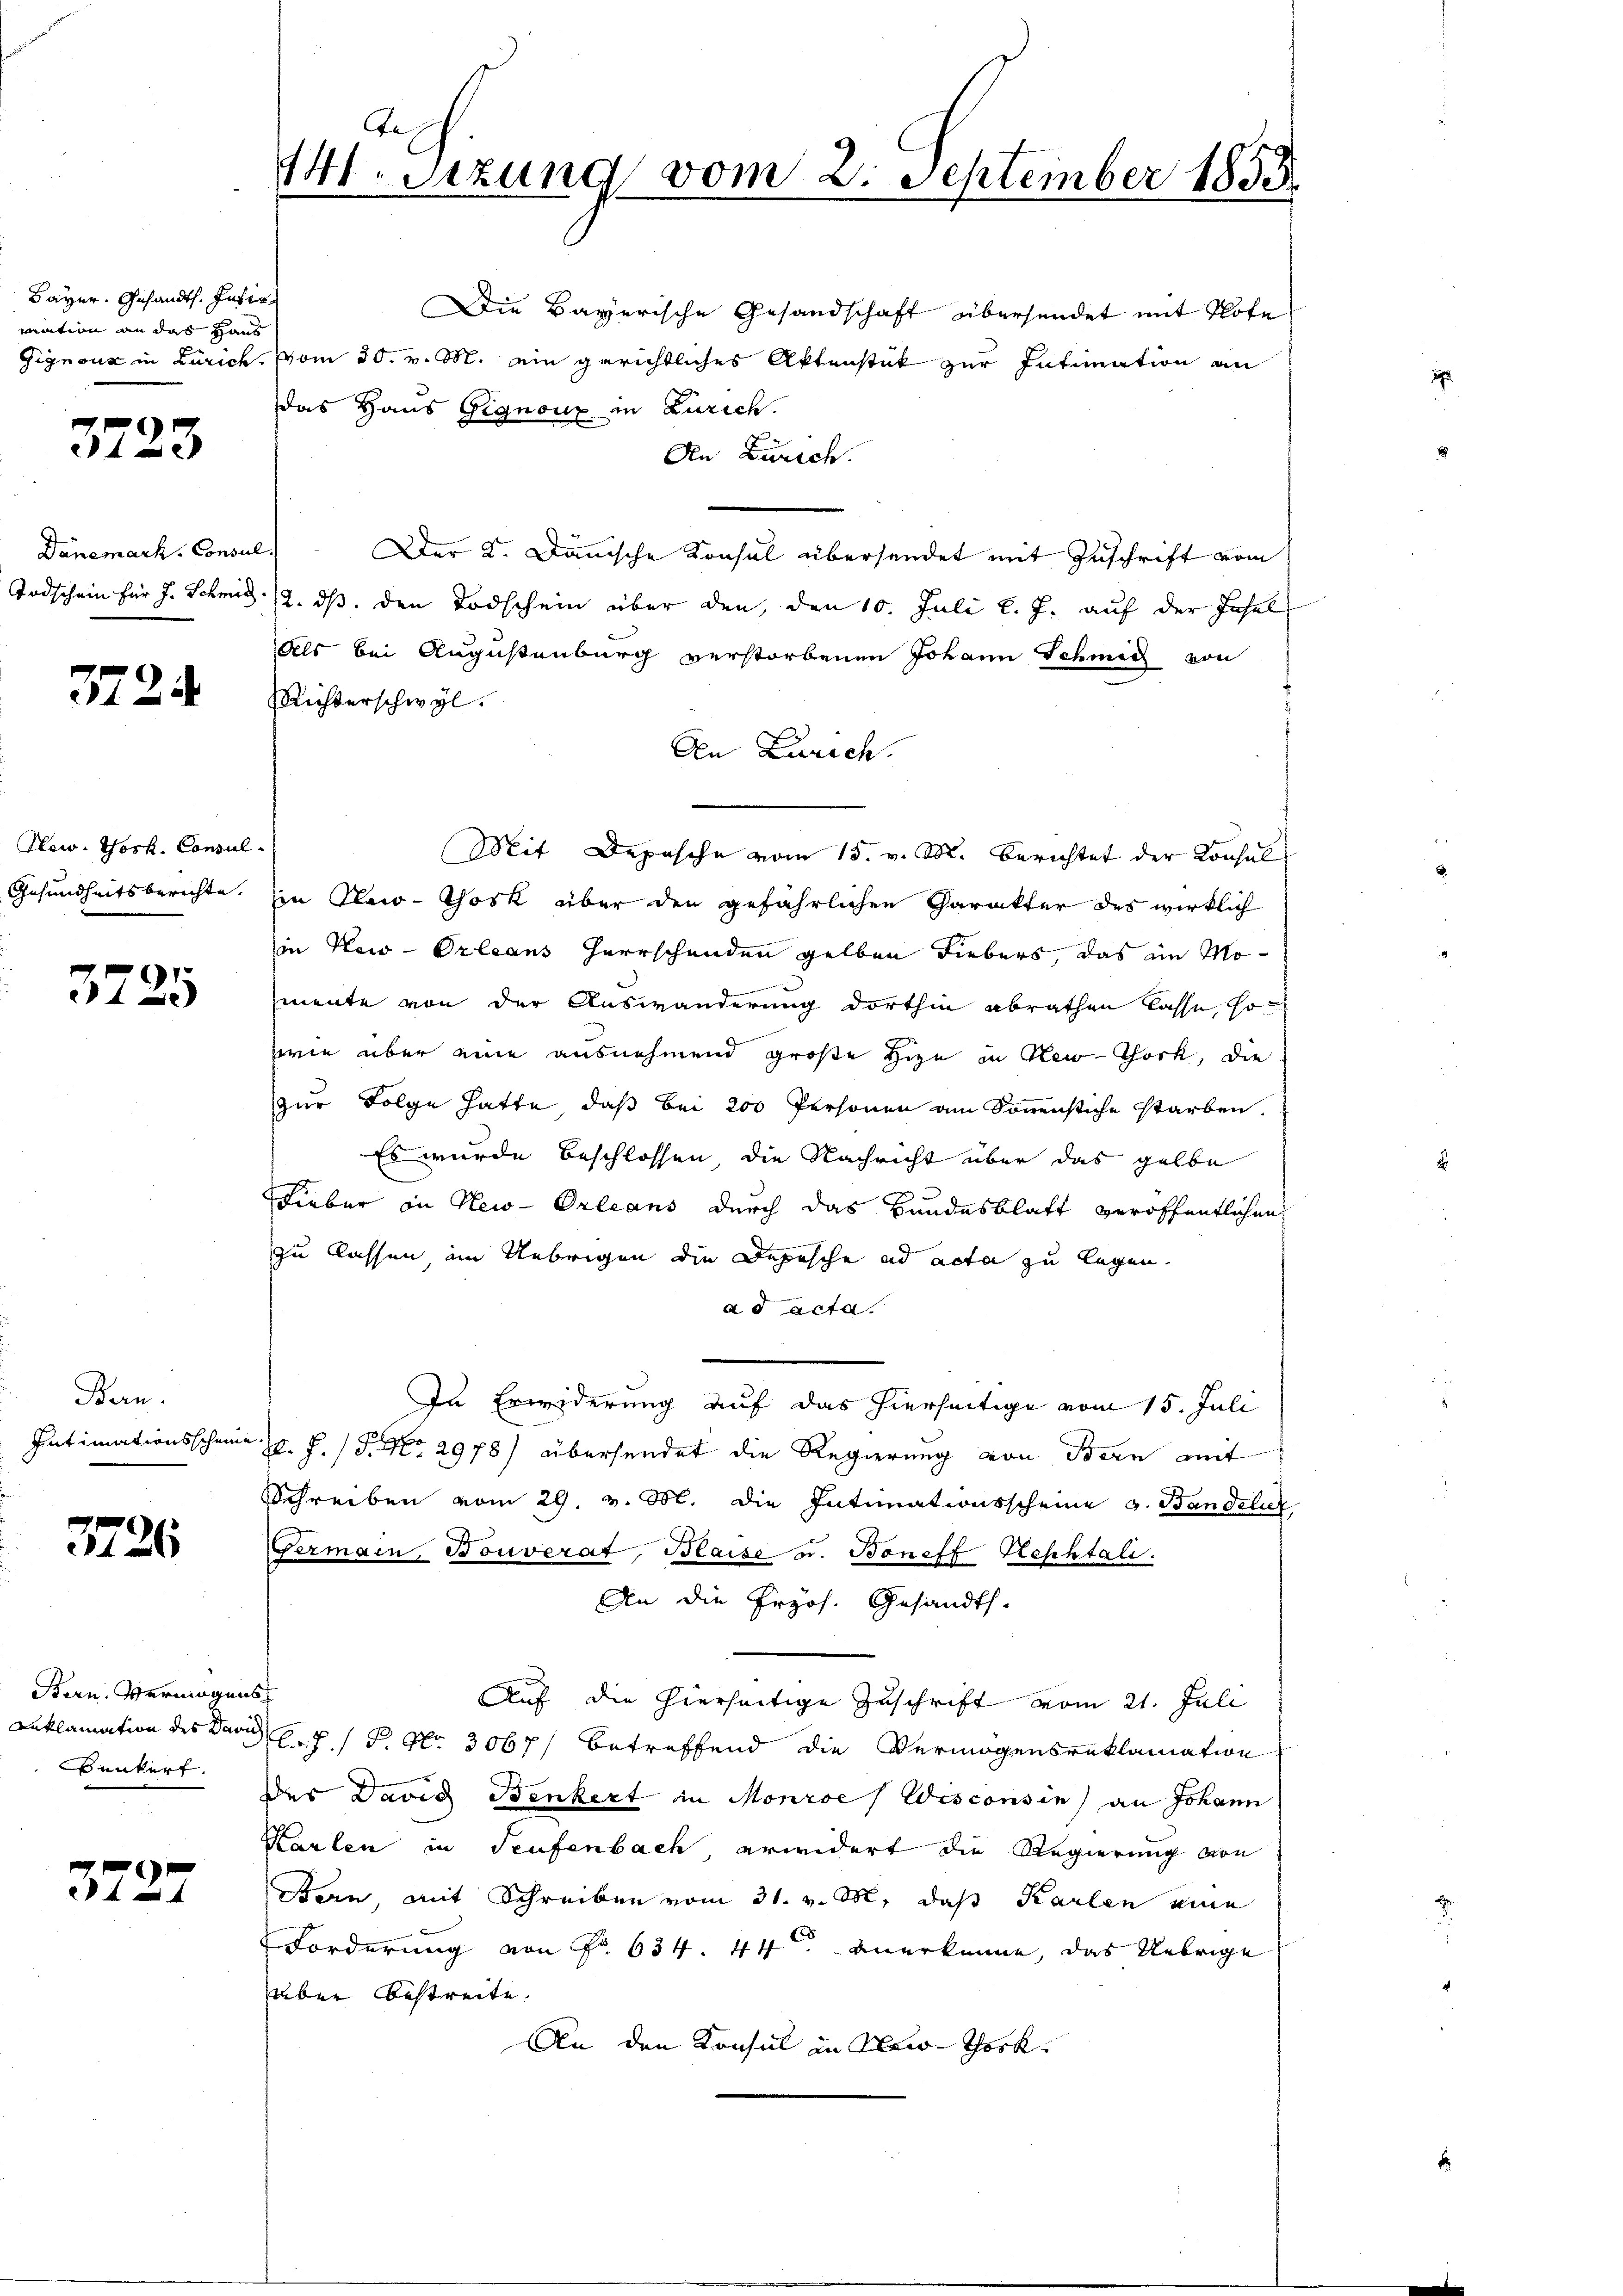
Bayer. Gesandt. Inter
mation an das Haus

3723

Dänemark, Consul

3724

Now. Yosk. Consul
Gesundheitsberichte.

3725

Bern.
Intimationsschein

3726

Bern. Vermögen
Reklamation des Dann
Bunkert.

3727

te
141. Sizung vom 2. September 1835.

das Haus Gignouz in Zürich.
An Zürich.
Der 2. Janische Konsul übersendet mit Zuschrift vom
Todschein für J. Schmid 12. ds. den Todschein über den, den 10. Juli l. J. auf der Insel
Als bei Augustenburg verstorbenen Johann Schmid von
Richterschwyl.
An Zürich
i
Mit Depesche vom 15. v. M. Berichtet der Konsul
in Kleio-Thosk über den gefährlichen Carakter des wirklich
in New-Orleans Herrschenden gelben Fiebers, das im Momente von der Auswanderung dorthin abrathen lasse, so
zwie über eine ausnehmend große Hize in New-York, die
zur Folge hatte, daß bei 200 Personen am Sonnenstiche starben.
Es wurde beschlossen, die Nachricht über das gelbe
Fieber in New-Orleans durch das Bundesblatt veröffentlichen
zu lassen im Uebrigen die Depesche ad acta zu legen.
ad acta.
In Erwiderung auf das hierseitige vom 15. Juli
J. J. P. No. 2978) übersendet die Regierung von Bern mit
Schreiben vom 29. v. M. die Intimationsscheine v. Bandelier
Germain, Bouverat, Blaise u. Boneff Rephtali
An die Erzös. Gesandts
6
Auf die hierseitige Zuschrift vom 21. Juli
M.7./ P. Nr. 3067/ betreffend die Vermögensreklamation
Der David Benkert in Monroe (Wisconsin) an Johann
Karten in Teufenbach erwidert die Regierung von
Bern, mit Schreiben vom 31. v. M. daß Karlen eine
Forderung von Fr. 634. 44 anerkenne, das Uebrige
über bestreite.
An den Konsul in New-York

Die Bayerische Gesandschaft übersendet mit Hofe
Gignoux in Zürich, vom 30. v. M. ein gerichtliches Aktenstük zur Intimation an